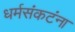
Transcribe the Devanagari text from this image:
धर्मसंकटंना